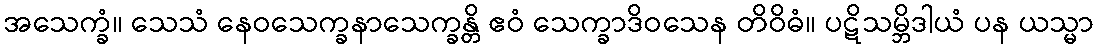
အသေက္ခံ။ သေသံ နေဝသေက္ခနာသေက္ခန္တိ ဧဝံ သေက္ခာဒိဝသေန တိဝိဓံ။ ပဋိသမ္ဘိဒါယံ ပန ယသ္မာ